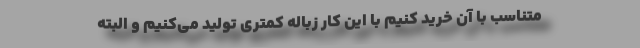
متناسب با آن خرید کنیم با این کار زباله کمتری تولید می‌کنیم و البته